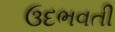
ઉદભવતી